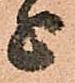
上